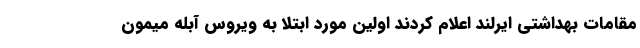
مقامات بهداشتی ایرلند اعلام کردند اولین مورد ابتلا به ویروس آبله میمون